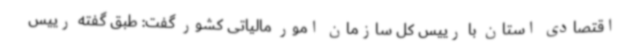
اقتصادی استان با رییس کل سازمان امور مالیاتی کشور گفت: طبق گفته رییس